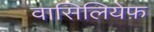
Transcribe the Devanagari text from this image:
वासिलियेफ़